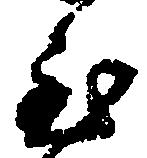
至